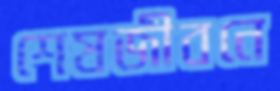
শেষজীবনে